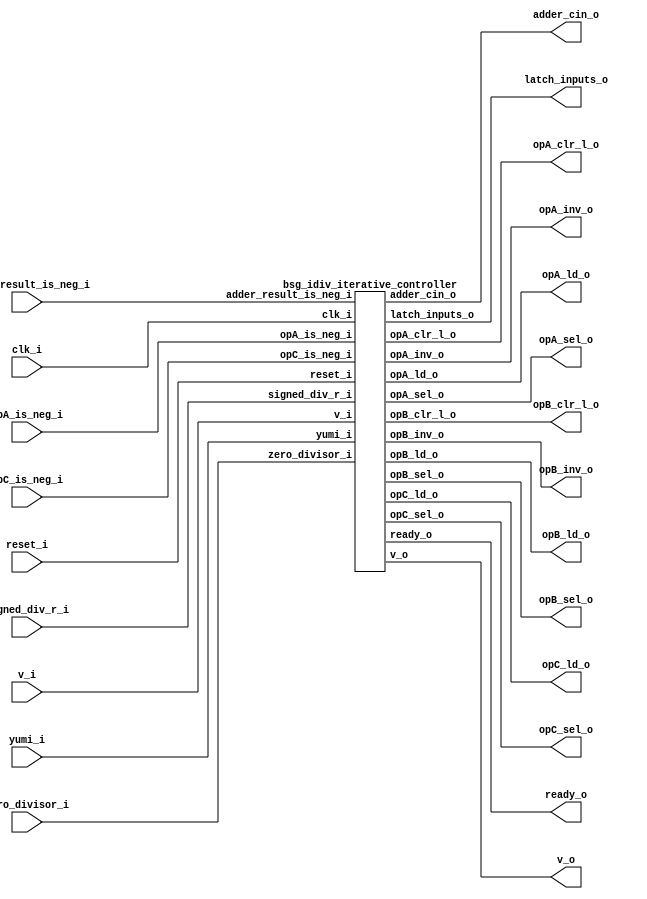


module top
(
  clk_i,
  reset_i,
  v_i,
  ready_o,
  zero_divisor_i,
  signed_div_r_i,
  adder_result_is_neg_i,
  opA_is_neg_i,
  opC_is_neg_i,
  opA_sel_o,
  opA_ld_o,
  opA_inv_o,
  opA_clr_l_o,
  opB_sel_o,
  opB_ld_o,
  opB_inv_o,
  opB_clr_l_o,
  opC_sel_o,
  opC_ld_o,
  latch_inputs_o,
  adder_cin_o,
  v_o,
  yumi_i
);

  output [2:0] opB_sel_o;
  output [2:0] opC_sel_o;
  input clk_i;
  input reset_i;
  input v_i;
  input zero_divisor_i;
  input signed_div_r_i;
  input adder_result_is_neg_i;
  input opA_is_neg_i;
  input opC_is_neg_i;
  input yumi_i;
  output ready_o;
  output opA_sel_o;
  output opA_ld_o;
  output opA_inv_o;
  output opA_clr_l_o;
  output opB_ld_o;
  output opB_inv_o;
  output opB_clr_l_o;
  output opC_ld_o;
  output latch_inputs_o;
  output adder_cin_o;
  output v_o;

  bsg_idiv_iterative_controller
  wrapper
  (
    .opB_sel_o(opB_sel_o),
    .opC_sel_o(opC_sel_o),
    .clk_i(clk_i),
    .reset_i(reset_i),
    .v_i(v_i),
    .zero_divisor_i(zero_divisor_i),
    .signed_div_r_i(signed_div_r_i),
    .adder_result_is_neg_i(adder_result_is_neg_i),
    .opA_is_neg_i(opA_is_neg_i),
    .opC_is_neg_i(opC_is_neg_i),
    .yumi_i(yumi_i),
    .ready_o(ready_o),
    .opA_sel_o(opA_sel_o),
    .opA_ld_o(opA_ld_o),
    .opA_inv_o(opA_inv_o),
    .opA_clr_l_o(opA_clr_l_o),
    .opB_ld_o(opB_ld_o),
    .opB_inv_o(opB_inv_o),
    .opB_clr_l_o(opB_clr_l_o),
    .opC_ld_o(opC_ld_o),
    .latch_inputs_o(latch_inputs_o),
    .adder_cin_o(adder_cin_o),
    .v_o(v_o)
  );


endmodule



module bsg_idiv_iterative_controller
(
  clk_i,
  reset_i,
  v_i,
  ready_o,
  zero_divisor_i,
  signed_div_r_i,
  adder_result_is_neg_i,
  opA_is_neg_i,
  opC_is_neg_i,
  opA_sel_o,
  opA_ld_o,
  opA_inv_o,
  opA_clr_l_o,
  opB_sel_o,
  opB_ld_o,
  opB_inv_o,
  opB_clr_l_o,
  opC_sel_o,
  opC_ld_o,
  latch_inputs_o,
  adder_cin_o,
  v_o,
  yumi_i
);

  output [2:0] opB_sel_o;
  output [2:0] opC_sel_o;
  input clk_i;
  input reset_i;
  input v_i;
  input zero_divisor_i;
  input signed_div_r_i;
  input adder_result_is_neg_i;
  input opA_is_neg_i;
  input opC_is_neg_i;
  input yumi_i;
  output ready_o;
  output opA_sel_o;
  output opA_ld_o;
  output opA_inv_o;
  output opA_clr_l_o;
  output opB_ld_o;
  output opB_inv_o;
  output opB_clr_l_o;
  output opC_ld_o;
  output latch_inputs_o;
  output adder_cin_o;
  output v_o;
  wire [2:0] opB_sel_o,opC_sel_o;
  wire ready_o,opA_sel_o,opA_ld_o,opA_inv_o,opA_clr_l_o,opB_ld_o,opB_inv_o,opB_clr_l_o,
  opC_ld_o,latch_inputs_o,adder_cin_o,v_o,N0,N1,N2,N3,N4,N5,N6,N7,N8,N9,N10,N11,
  N12,N13,N14,N15,N16,N17,N18,N19,N20,N21,N22,N23,N24,N25,N26,N27,N28,N29,N30,N31,
  N32,N33,N34,N35,N36,N37,N38,N39,N40,N41,neg_ld,N42,N43,N44,N45,N46,N47,N48,N49,
  N50,N51,N52,N53,N54,N55,N56,N57,N58,N59,N60,N61,N62,N63,N64,N65,N66,N67,N68,N69,
  N70,N71,N72,N73,N74,N75,N76,N77,N78,N79,N80,N81,N82,N83,N84,N85,N86,N87,N88,N89,
  N90,N91,N92,N93,N94,N95,N96,N97,N98,N99,N100,N101,N102,N103,N104,N105,N106,N107,
  N108,N109,N110,N111,N112,N113,N114,N115,N116,N117,N118,N119,N120,N121,N122,N123,
  N124,N125,N126,N127,N128,N129,N130,N131,N132,N133,N134,N135,N136,N137,N138,N139,
  N140,N141,N142,N143,N144,N145,N146,N147,N148,N149,N150,N151,N152,N153,N154,N155,
  N156,N157,N158,N159,N160,N161,N162,N163,N164,N165,N166,N167,N168,N169,N170,N171,
  N172,N173,N174,N175,N176,N177,N178,N179,N180,N181,N182,N183,N184,N185,N186,N187,
  N188,N189,N190,N191,N192,N193,N194,N195,N196,N197,N198,N199,N200,N201,N202,N203,
  N204,N205,N206,N207,N208,N209,N210,N211,N212,N213,N214,N215,N216,N217,N218,N219,
  N220,N221,N222,N223,N224,N225,N226,N227,N228,N229,N230,N231,N232,N233,N234,N235,
  N236,N237,N238,N239,N240,N241,N242,N243,N244,N245,N246,N247,N248,N249,N250,N251,
  N252,N253,N254,N255,N256,N257,N258,N259,N260,N261,N262,N263,N264,N265,N266,N267,
  N268,N269,N270,N271,N272,N273,N274,N275,N276,N277,N278,N279,N280,N281,N282,N283,
  N284,N285,N286,N287,N288,N289,N290,N291,N292,N293,N294,N295,N296,N297,N298,N299,
  N300,N301,N302,N303,N304,N305,N306,N307,N308,N309,N310,N311,N312,N313,N314,N315,
  N316,N317,N318,N319,N320,N321,N322,N323,N324,N325,N326,N327,N328,N329,N330,N331,
  N332,N333,N334,N335,N336,N337,N338,N339,N340,N341,N342,N343,N344,N345,N346,N347,
  N349,N350,N351,N352,N353,N354,N355,N356,N358;
  wire [5:0] next_state;
  reg add_neg_last,r_neg,q_neg;
  reg [5:0] state;
  assign N47 = N349 & N44;
  assign N48 = N350 & N45;
  assign N49 = N46 & N351;
  assign N50 = N47 & N48;
  assign N51 = N50 & N49;
  assign N52 = state[5] | state[4];
  assign N53 = state[3] | state[2];
  assign N54 = state[1] | N351;
  assign N55 = N52 | N53;
  assign N56 = N55 | N54;
  assign N58 = state[5] | state[4];
  assign N59 = state[3] | state[2];
  assign N60 = N46 | state[0];
  assign N61 = N58 | N59;
  assign N62 = N61 | N60;
  assign N64 = state[5] | state[4];
  assign N65 = state[3] | state[2];
  assign N66 = N46 | N351;
  assign N67 = N64 | N65;
  assign N68 = N67 | N66;
  assign N70 = state[5] | state[4];
  assign N71 = state[3] | N45;
  assign N72 = state[1] | state[0];
  assign N73 = N70 | N71;
  assign N74 = N73 | N72;
  assign N76 = state[5] | state[4];
  assign N77 = state[3] | N45;
  assign N78 = state[1] | N351;
  assign N79 = N76 | N77;
  assign N80 = N79 | N78;
  assign N82 = state[5] | state[4];
  assign N83 = state[3] | N45;
  assign N84 = N46 | state[0];
  assign N85 = N82 | N83;
  assign N86 = N85 | N84;
  assign N88 = state[5] | state[4];
  assign N89 = state[3] | N45;
  assign N90 = N46 | N351;
  assign N91 = N88 | N89;
  assign N92 = N91 | N90;
  assign N94 = state[5] | state[4];
  assign N95 = N350 | state[2];
  assign N96 = state[1] | state[0];
  assign N97 = N94 | N95;
  assign N98 = N97 | N96;
  assign N100 = state[5] | state[4];
  assign N101 = N350 | state[2];
  assign N102 = state[1] | N351;
  assign N103 = N100 | N101;
  assign N104 = N103 | N102;
  assign N106 = state[5] | state[4];
  assign N107 = N350 | state[2];
  assign N108 = N46 | state[0];
  assign N109 = N106 | N107;
  assign N110 = N109 | N108;
  assign N112 = state[5] | state[4];
  assign N113 = N350 | state[2];
  assign N114 = N46 | N351;
  assign N115 = N112 | N113;
  assign N116 = N115 | N114;
  assign N118 = state[5] | state[4];
  assign N119 = N350 | N45;
  assign N120 = state[1] | state[0];
  assign N121 = N118 | N119;
  assign N122 = N121 | N120;
  assign N124 = state[5] | state[4];
  assign N125 = N350 | N45;
  assign N126 = state[1] | N351;
  assign N127 = N124 | N125;
  assign N128 = N127 | N126;
  assign N130 = state[5] | state[4];
  assign N131 = N350 | N45;
  assign N132 = N46 | state[0];
  assign N133 = N130 | N131;
  assign N134 = N133 | N132;
  assign N136 = state[5] | state[4];
  assign N137 = N350 | N45;
  assign N138 = N46 | N351;
  assign N139 = N136 | N137;
  assign N140 = N139 | N138;
  assign N142 = state[5] | N44;
  assign N143 = state[3] | state[2];
  assign N144 = state[1] | state[0];
  assign N145 = N142 | N143;
  assign N146 = N145 | N144;
  assign N148 = state[5] | N44;
  assign N149 = state[3] | state[2];
  assign N150 = state[1] | N351;
  assign N151 = N148 | N149;
  assign N152 = N151 | N150;
  assign N154 = state[5] | N44;
  assign N155 = state[3] | state[2];
  assign N156 = N46 | state[0];
  assign N157 = N154 | N155;
  assign N158 = N157 | N156;
  assign N160 = state[5] | N44;
  assign N161 = state[3] | state[2];
  assign N162 = N46 | N351;
  assign N163 = N160 | N161;
  assign N164 = N163 | N162;
  assign N166 = state[5] | N44;
  assign N167 = state[3] | N45;
  assign N168 = state[1] | state[0];
  assign N169 = N166 | N167;
  assign N170 = N169 | N168;
  assign N172 = state[5] | N44;
  assign N173 = state[3] | N45;
  assign N174 = state[1] | N351;
  assign N175 = N172 | N173;
  assign N176 = N175 | N174;
  assign N178 = state[5] | N44;
  assign N179 = state[3] | N45;
  assign N180 = N46 | state[0];
  assign N181 = N178 | N179;
  assign N182 = N181 | N180;
  assign N184 = state[5] | N44;
  assign N185 = state[3] | N45;
  assign N186 = N46 | N351;
  assign N187 = N184 | N185;
  assign N188 = N187 | N186;
  assign N190 = state[5] | N44;
  assign N191 = N350 | state[2];
  assign N192 = state[1] | state[0];
  assign N193 = N190 | N191;
  assign N194 = N193 | N192;
  assign N196 = state[5] | N44;
  assign N197 = N350 | state[2];
  assign N198 = state[1] | N351;
  assign N199 = N196 | N197;
  assign N200 = N199 | N198;
  assign N202 = state[5] | N44;
  assign N203 = N350 | state[2];
  assign N204 = N46 | state[0];
  assign N205 = N202 | N203;
  assign N206 = N205 | N204;
  assign N208 = state[5] | N44;
  assign N209 = N350 | state[2];
  assign N210 = N46 | N351;
  assign N211 = N208 | N209;
  assign N212 = N211 | N210;
  assign N214 = state[5] | N44;
  assign N215 = N350 | N45;
  assign N216 = state[1] | state[0];
  assign N217 = N214 | N215;
  assign N218 = N217 | N216;
  assign N220 = state[5] | N44;
  assign N221 = N350 | N45;
  assign N222 = state[1] | N351;
  assign N223 = N220 | N221;
  assign N224 = N223 | N222;
  assign N226 = state[5] | N44;
  assign N227 = N350 | N45;
  assign N228 = N46 | state[0];
  assign N229 = N226 | N227;
  assign N230 = N229 | N228;
  assign N232 = state[5] | N44;
  assign N233 = N350 | N45;
  assign N234 = N46 | N351;
  assign N235 = N232 | N233;
  assign N236 = N235 | N234;
  assign N238 = N349 | state[4];
  assign N239 = state[3] | state[2];
  assign N240 = state[1] | state[0];
  assign N241 = N238 | N239;
  assign N242 = N241 | N240;
  assign N244 = N349 | state[4];
  assign N245 = state[3] | state[2];
  assign N246 = state[1] | N351;
  assign N247 = N244 | N245;
  assign N248 = N247 | N246;
  assign N250 = N349 | state[4];
  assign N251 = state[3] | state[2];
  assign N252 = N46 | state[0];
  assign N253 = N250 | N251;
  assign N254 = N253 | N252;
  assign N256 = N349 | state[4];
  assign N257 = state[3] | state[2];
  assign N258 = N46 | N351;
  assign N259 = N256 | N257;
  assign N260 = N259 | N258;
  assign N262 = N349 | state[4];
  assign N263 = state[3] | N45;
  assign N264 = state[1] | state[0];
  assign N265 = N262 | N263;
  assign N266 = N265 | N264;
  assign N268 = N349 | state[4];
  assign N269 = state[3] | N45;
  assign N270 = state[1] | N351;
  assign N271 = N268 | N269;
  assign N272 = N271 | N270;
  assign N274 = N349 | state[4];
  assign N275 = state[3] | N45;
  assign N276 = N46 | state[0];
  assign N277 = N274 | N275;
  assign N278 = N277 | N276;
  assign N280 = N349 | state[4];
  assign N281 = state[3] | N45;
  assign N282 = N46 | N351;
  assign N283 = N280 | N281;
  assign N284 = N283 | N282;
  assign N286 = N349 | state[4];
  assign N287 = N350 | state[2];
  assign N288 = state[1] | state[0];
  assign N289 = N286 | N287;
  assign N290 = N289 | N288;
  assign N292 = N349 | state[4];
  assign N293 = N350 | state[2];
  assign N294 = state[1] | N351;
  assign N295 = N292 | N293;
  assign N296 = N295 | N294;
  assign N343 = state[4] | state[5];
  assign N344 = state[3] | N343;
  assign N345 = state[2] | N344;
  assign N346 = state[1] | N345;
  assign N347 = state[0] | N346;
  assign ready_o = ~N347;
  assign N349 = ~state[5];
  assign N350 = ~state[3];
  assign N351 = ~state[0];
  assign N352 = state[4] | N349;
  assign N353 = N350 | N352;
  assign N354 = state[2] | N353;
  assign N355 = state[1] | N354;
  assign N356 = N351 | N355;
  assign v_o = ~N356;
  assign next_state = (N0)? { 1'b0, 1'b0, 1'b0, 1'b0, 1'b0, v_i } : 
                      (N1)? { 1'b0, 1'b0, 1'b0, 1'b0, 1'b1, 1'b0 } : 
                      (N2)? { 1'b0, 1'b0, 1'b0, 1'b0, 1'b1, 1'b1 } : 
                      (N3)? { 1'b0, 1'b0, 1'b0, 1'b1, 1'b0, 1'b0 } : 
                      (N4)? { 1'b0, 1'b0, 1'b0, 1'b1, 1'b0, 1'b1 } : 
                      (N5)? { 1'b0, 1'b0, 1'b0, 1'b1, 1'b1, 1'b0 } : 
                      (N6)? { 1'b0, 1'b0, 1'b0, 1'b1, 1'b1, 1'b1 } : 
                      (N7)? { 1'b0, 1'b0, 1'b1, 1'b0, 1'b0, 1'b0 } : 
                      (N8)? { 1'b0, 1'b0, 1'b1, 1'b0, 1'b0, 1'b1 } : 
                      (N9)? { 1'b0, 1'b0, 1'b1, 1'b0, 1'b1, 1'b0 } : 
                      (N10)? { 1'b0, 1'b0, 1'b1, 1'b0, 1'b1, 1'b1 } : 
                      (N11)? { 1'b0, 1'b0, 1'b1, 1'b1, 1'b0, 1'b0 } : 
                      (N12)? { 1'b0, 1'b0, 1'b1, 1'b1, 1'b0, 1'b1 } : 
                      (N13)? { 1'b0, 1'b0, 1'b1, 1'b1, 1'b1, 1'b0 } : 
                      (N14)? { 1'b0, 1'b0, 1'b1, 1'b1, 1'b1, 1'b1 } : 
                      (N15)? { 1'b0, 1'b1, 1'b0, 1'b0, 1'b0, 1'b0 } : 
                      (N16)? { 1'b0, 1'b1, 1'b0, 1'b0, 1'b0, 1'b1 } : 
                      (N17)? { 1'b0, 1'b1, 1'b0, 1'b0, 1'b1, 1'b0 } : 
                      (N18)? { 1'b0, 1'b1, 1'b0, 1'b0, 1'b1, 1'b1 } : 
                      (N19)? { 1'b0, 1'b1, 1'b0, 1'b1, 1'b0, 1'b0 } : 
                      (N20)? { 1'b0, 1'b1, 1'b0, 1'b1, 1'b0, 1'b1 } : 
                      (N21)? { 1'b0, 1'b1, 1'b0, 1'b1, 1'b1, 1'b0 } : 
                      (N22)? { 1'b0, 1'b1, 1'b0, 1'b1, 1'b1, 1'b1 } : 
                      (N23)? { 1'b0, 1'b1, 1'b1, 1'b0, 1'b0, 1'b0 } : 
                      (N24)? { 1'b0, 1'b1, 1'b1, 1'b0, 1'b0, 1'b1 } : 
                      (N25)? { 1'b0, 1'b1, 1'b1, 1'b0, 1'b1, 1'b0 } : 
                      (N26)? { 1'b0, 1'b1, 1'b1, 1'b0, 1'b1, 1'b1 } : 
                      (N27)? { 1'b0, 1'b1, 1'b1, 1'b1, 1'b0, 1'b0 } : 
                      (N28)? { 1'b0, 1'b1, 1'b1, 1'b1, 1'b0, 1'b1 } : 
                      (N29)? { 1'b0, 1'b1, 1'b1, 1'b1, 1'b1, 1'b0 } : 
                      (N30)? { 1'b0, 1'b1, 1'b1, 1'b1, 1'b1, 1'b1 } : 
                      (N31)? { 1'b1, 1'b0, 1'b0, 1'b0, 1'b0, 1'b0 } : 
                      (N32)? { 1'b1, 1'b0, 1'b0, 1'b0, 1'b0, 1'b1 } : 
                      (N33)? { 1'b1, 1'b0, 1'b0, 1'b0, 1'b1, 1'b0 } : 
                      (N34)? { 1'b1, 1'b0, 1'b0, 1'b0, 1'b1, 1'b1 } : 
                      (N35)? { 1'b1, 1'b0, 1'b0, 1'b1, 1'b0, 1'b0 } : 
                      (N36)? { 1'b1, 1'b0, 1'b0, 1'b1, 1'b0, 1'b1 } : 
                      (N37)? { 1'b1, 1'b0, 1'b0, 1'b1, 1'b1, 1'b0 } : 
                      (N38)? { 1'b1, 1'b0, 1'b0, 1'b1, 1'b1, 1'b1 } : 
                      (N39)? { 1'b1, 1'b0, 1'b1, 1'b0, 1'b0, zero_divisor_i } : 
                      (N40)? { N300, 1'b0, N300, 1'b0, 1'b0, N300 } : 
                      (N41)? { N300, 1'b0, N300, 1'b0, 1'b0, N300 } : 
                      (N342)? { 1'b0, 1'b0, 1'b0, 1'b0, 1'b0, 1'b0 } : 1'b0;
  assign N0 = N51;
  assign N1 = opC_sel_o[2];
  assign N2 = N63;
  assign N3 = N69;
  assign N4 = N75;
  assign N5 = N81;
  assign N6 = N87;
  assign N7 = N93;
  assign N8 = N99;
  assign N9 = N105;
  assign N10 = N111;
  assign N11 = N117;
  assign N12 = N123;
  assign N13 = N129;
  assign N14 = N135;
  assign N15 = N141;
  assign N16 = N147;
  assign N17 = N153;
  assign N18 = N159;
  assign N19 = N165;
  assign N20 = N171;
  assign N21 = N177;
  assign N22 = N183;
  assign N23 = N189;
  assign N24 = N195;
  assign N25 = N201;
  assign N26 = N207;
  assign N27 = N213;
  assign N28 = N219;
  assign N29 = N225;
  assign N30 = N231;
  assign N31 = N237;
  assign N32 = N243;
  assign N33 = N249;
  assign N34 = N255;
  assign N35 = N261;
  assign N36 = N267;
  assign N37 = N273;
  assign N38 = N279;
  assign N39 = N285;
  assign N40 = N291;
  assign N41 = N297;
  assign latch_inputs_o = (N0)? 1'b1 : 
                          (N1)? 1'b0 : 
                          (N2)? 1'b0 : 
                          (N3)? 1'b0 : 
                          (N4)? 1'b0 : 
                          (N5)? 1'b0 : 
                          (N6)? 1'b0 : 
                          (N7)? 1'b0 : 
                          (N8)? 1'b0 : 
                          (N9)? 1'b0 : 
                          (N10)? 1'b0 : 
                          (N11)? 1'b0 : 
                          (N12)? 1'b0 : 
                          (N13)? 1'b0 : 
                          (N14)? 1'b0 : 
                          (N15)? 1'b0 : 
                          (N16)? 1'b0 : 
                          (N17)? 1'b0 : 
                          (N18)? 1'b0 : 
                          (N19)? 1'b0 : 
                          (N20)? 1'b0 : 
                          (N21)? 1'b0 : 
                          (N22)? 1'b0 : 
                          (N23)? 1'b0 : 
                          (N24)? 1'b0 : 
                          (N25)? 1'b0 : 
                          (N26)? 1'b0 : 
                          (N27)? 1'b0 : 
                          (N28)? 1'b0 : 
                          (N29)? 1'b0 : 
                          (N30)? 1'b0 : 
                          (N31)? 1'b0 : 
                          (N32)? 1'b0 : 
                          (N33)? 1'b0 : 
                          (N34)? 1'b0 : 
                          (N35)? 1'b0 : 
                          (N36)? 1'b0 : 
                          (N37)? 1'b0 : 
                          (N38)? 1'b0 : 
                          (N39)? 1'b0 : 
                          (N40)? 1'b0 : 
                          (N41)? 1'b0 : 
                          (N342)? 1'b0 : 1'b0;
  assign opA_ld_o = (N0)? 1'b0 : 
                    (N1)? 1'b1 : 
                    (N2)? N298 : 
                    (N3)? 1'b0 : 
                    (N4)? 1'b0 : 
                    (N5)? 1'b0 : 
                    (N6)? 1'b0 : 
                    (N7)? 1'b0 : 
                    (N8)? 1'b0 : 
                    (N9)? 1'b0 : 
                    (N10)? 1'b0 : 
                    (N11)? 1'b0 : 
                    (N12)? 1'b0 : 
                    (N13)? 1'b0 : 
                    (N14)? 1'b0 : 
                    (N15)? 1'b0 : 
                    (N16)? 1'b0 : 
                    (N17)? 1'b0 : 
                    (N18)? 1'b0 : 
                    (N19)? 1'b0 : 
                    (N20)? 1'b0 : 
                    (N21)? 1'b0 : 
                    (N22)? 1'b0 : 
                    (N23)? 1'b0 : 
                    (N24)? 1'b0 : 
                    (N25)? 1'b0 : 
                    (N26)? 1'b0 : 
                    (N27)? 1'b0 : 
                    (N28)? 1'b0 : 
                    (N29)? 1'b0 : 
                    (N30)? 1'b0 : 
                    (N31)? 1'b0 : 
                    (N32)? 1'b0 : 
                    (N33)? 1'b0 : 
                    (N34)? 1'b0 : 
                    (N35)? 1'b0 : 
                    (N36)? 1'b0 : 
                    (N37)? 1'b0 : 
                    (N38)? 1'b0 : 
                    (N39)? 1'b1 : 
                    (N40)? 1'b0 : 
                    (N41)? 1'b0 : 
                    (N342)? 1'b0 : 1'b0;
  assign opC_ld_o = (N0)? 1'b1 : 
                    (N1)? 1'b1 : 
                    (N2)? 1'b0 : 
                    (N3)? N299 : 
                    (N4)? 1'b1 : 
                    (N5)? 1'b1 : 
                    (N6)? 1'b1 : 
                    (N7)? 1'b1 : 
                    (N8)? 1'b1 : 
                    (N9)? 1'b1 : 
                    (N10)? 1'b1 : 
                    (N11)? 1'b1 : 
                    (N12)? 1'b1 : 
                    (N13)? 1'b1 : 
                    (N14)? 1'b1 : 
                    (N15)? 1'b1 : 
                    (N16)? 1'b1 : 
                    (N17)? 1'b1 : 
                    (N18)? 1'b1 : 
                    (N19)? 1'b1 : 
                    (N20)? 1'b1 : 
                    (N21)? 1'b1 : 
                    (N22)? 1'b1 : 
                    (N23)? 1'b1 : 
                    (N24)? 1'b1 : 
                    (N25)? 1'b1 : 
                    (N26)? 1'b1 : 
                    (N27)? 1'b1 : 
                    (N28)? 1'b1 : 
                    (N29)? 1'b1 : 
                    (N30)? 1'b1 : 
                    (N31)? 1'b1 : 
                    (N32)? 1'b1 : 
                    (N33)? 1'b1 : 
                    (N34)? 1'b1 : 
                    (N35)? 1'b1 : 
                    (N36)? 1'b1 : 
                    (N37)? 1'b1 : 
                    (N38)? 1'b0 : 
                    (N39)? 1'b0 : 
                    (N40)? q_neg : 
                    (N41)? 1'b0 : 
                    (N342)? 1'b1 : 1'b0;
  assign opA_sel_o = (N0)? 1'b0 : 
                     (N1)? 1'b1 : 
                     (N2)? 1'b0 : 
                     (N3)? 1'b0 : 
                     (N4)? 1'b0 : 
                     (N5)? 1'b0 : 
                     (N6)? 1'b0 : 
                     (N7)? 1'b0 : 
                     (N8)? 1'b0 : 
                     (N9)? 1'b0 : 
                     (N10)? 1'b0 : 
                     (N11)? 1'b0 : 
                     (N12)? 1'b0 : 
                     (N13)? 1'b0 : 
                     (N14)? 1'b0 : 
                     (N15)? 1'b0 : 
                     (N16)? 1'b0 : 
                     (N17)? 1'b0 : 
                     (N18)? 1'b0 : 
                     (N19)? 1'b0 : 
                     (N20)? 1'b0 : 
                     (N21)? 1'b0 : 
                     (N22)? 1'b0 : 
                     (N23)? 1'b0 : 
                     (N24)? 1'b0 : 
                     (N25)? 1'b0 : 
                     (N26)? 1'b0 : 
                     (N27)? 1'b0 : 
                     (N28)? 1'b0 : 
                     (N29)? 1'b0 : 
                     (N30)? 1'b0 : 
                     (N31)? 1'b0 : 
                     (N32)? 1'b0 : 
                     (N33)? 1'b0 : 
                     (N34)? 1'b0 : 
                     (N35)? 1'b0 : 
                     (N36)? 1'b0 : 
                     (N37)? 1'b0 : 
                     (N38)? 1'b0 : 
                     (N39)? 1'b0 : 
                     (N40)? 1'b0 : 
                     (N41)? 1'b0 : 
                     (N342)? 1'b0 : 1'b0;
  assign opC_sel_o[1:0] = (N0)? { 1'b0, 1'b1 } : 
                          (N1)? { 1'b0, 1'b0 } : 
                          (N2)? { 1'b0, 1'b1 } : 
                          (N3)? { 1'b1, 1'b0 } : 
                          (N4)? { 1'b0, 1'b1 } : 
                          (N5)? { 1'b0, 1'b1 } : 
                          (N6)? { 1'b0, 1'b1 } : 
                          (N7)? { 1'b0, 1'b1 } : 
                          (N8)? { 1'b0, 1'b1 } : 
                          (N9)? { 1'b0, 1'b1 } : 
                          (N10)? { 1'b0, 1'b1 } : 
                          (N11)? { 1'b0, 1'b1 } : 
                          (N12)? { 1'b0, 1'b1 } : 
                          (N13)? { 1'b0, 1'b1 } : 
                          (N14)? { 1'b0, 1'b1 } : 
                          (N15)? { 1'b0, 1'b1 } : 
                          (N16)? { 1'b0, 1'b1 } : 
                          (N17)? { 1'b0, 1'b1 } : 
                          (N18)? { 1'b0, 1'b1 } : 
                          (N19)? { 1'b0, 1'b1 } : 
                          (N20)? { 1'b0, 1'b1 } : 
                          (N21)? { 1'b0, 1'b1 } : 
                          (N22)? { 1'b0, 1'b1 } : 
                          (N23)? { 1'b0, 1'b1 } : 
                          (N24)? { 1'b0, 1'b1 } : 
                          (N25)? { 1'b0, 1'b1 } : 
                          (N26)? { 1'b0, 1'b1 } : 
                          (N27)? { 1'b0, 1'b1 } : 
                          (N28)? { 1'b0, 1'b1 } : 
                          (N29)? { 1'b0, 1'b1 } : 
                          (N30)? { 1'b0, 1'b1 } : 
                          (N31)? { 1'b0, 1'b1 } : 
                          (N32)? { 1'b0, 1'b1 } : 
                          (N33)? { 1'b0, 1'b1 } : 
                          (N34)? { 1'b0, 1'b1 } : 
                          (N35)? { 1'b0, 1'b1 } : 
                          (N36)? { 1'b0, 1'b1 } : 
                          (N37)? { 1'b0, 1'b1 } : 
                          (N38)? { 1'b0, 1'b1 } : 
                          (N39)? { 1'b0, 1'b1 } : 
                          (N40)? { 1'b1, 1'b0 } : 
                          (N41)? { 1'b0, 1'b1 } : 
                          (N342)? { 1'b0, 1'b1 } : 1'b0;
  assign opB_ld_o = (N0)? 1'b1 : 
                    (N1)? 1'b0 : 
                    (N2)? 1'b1 : 
                    (N3)? 1'b0 : 
                    (N4)? 1'b1 : 
                    (N5)? 1'b1 : 
                    (N6)? 1'b1 : 
                    (N7)? 1'b1 : 
                    (N8)? 1'b1 : 
                    (N9)? 1'b1 : 
                    (N10)? 1'b1 : 
                    (N11)? 1'b1 : 
                    (N12)? 1'b1 : 
                    (N13)? 1'b1 : 
                    (N14)? 1'b1 : 
                    (N15)? 1'b1 : 
                    (N16)? 1'b1 : 
                    (N17)? 1'b1 : 
                    (N18)? 1'b1 : 
                    (N19)? 1'b1 : 
                    (N20)? 1'b1 : 
                    (N21)? 1'b1 : 
                    (N22)? 1'b1 : 
                    (N23)? 1'b1 : 
                    (N24)? 1'b1 : 
                    (N25)? 1'b1 : 
                    (N26)? 1'b1 : 
                    (N27)? 1'b1 : 
                    (N28)? 1'b1 : 
                    (N29)? 1'b1 : 
                    (N30)? 1'b1 : 
                    (N31)? 1'b1 : 
                    (N32)? 1'b1 : 
                    (N33)? 1'b1 : 
                    (N34)? 1'b1 : 
                    (N35)? 1'b1 : 
                    (N36)? 1'b1 : 
                    (N37)? 1'b1 : 
                    (N38)? add_neg_last : 
                    (N39)? 1'b1 : 
                    (N40)? 1'b0 : 
                    (N41)? 1'b0 : 
                    (N342)? 1'b1 : 1'b0;
  assign opA_inv_o = (N0)? N43 : 
                     (N1)? N43 : 
                     (N2)? 1'b1 : 
                     (N3)? N43 : 
                     (N4)? N43 : 
                     (N5)? N43 : 
                     (N6)? N43 : 
                     (N7)? N43 : 
                     (N8)? N43 : 
                     (N9)? N43 : 
                     (N10)? N43 : 
                     (N11)? N43 : 
                     (N12)? N43 : 
                     (N13)? N43 : 
                     (N14)? N43 : 
                     (N15)? N43 : 
                     (N16)? N43 : 
                     (N17)? N43 : 
                     (N18)? N43 : 
                     (N19)? N43 : 
                     (N20)? N43 : 
                     (N21)? N43 : 
                     (N22)? N43 : 
                     (N23)? N43 : 
                     (N24)? N43 : 
                     (N25)? N43 : 
                     (N26)? N43 : 
                     (N27)? N43 : 
                     (N28)? N43 : 
                     (N29)? N43 : 
                     (N30)? N43 : 
                     (N31)? N43 : 
                     (N32)? N43 : 
                     (N33)? N43 : 
                     (N34)? N43 : 
                     (N35)? N43 : 
                     (N36)? N43 : 
                     (N37)? N43 : 
                     (N38)? 1'b0 : 
                     (N39)? N43 : 
                     (N40)? N43 : 
                     (N41)? N43 : 
                     (N342)? N43 : 1'b0;
  assign opB_clr_l_o = (N0)? 1'b1 : 
                       (N1)? 1'b1 : 
                       (N2)? 1'b0 : 
                       (N3)? 1'b1 : 
                       (N4)? 1'b0 : 
                       (N5)? 1'b1 : 
                       (N6)? 1'b1 : 
                       (N7)? 1'b1 : 
                       (N8)? 1'b1 : 
                       (N9)? 1'b1 : 
                       (N10)? 1'b1 : 
                       (N11)? 1'b1 : 
                       (N12)? 1'b1 : 
                       (N13)? 1'b1 : 
                       (N14)? 1'b1 : 
                       (N15)? 1'b1 : 
                       (N16)? 1'b1 : 
                       (N17)? 1'b1 : 
                       (N18)? 1'b1 : 
                       (N19)? 1'b1 : 
                       (N20)? 1'b1 : 
                       (N21)? 1'b1 : 
                       (N22)? 1'b1 : 
                       (N23)? 1'b1 : 
                       (N24)? 1'b1 : 
                       (N25)? 1'b1 : 
                       (N26)? 1'b1 : 
                       (N27)? 1'b1 : 
                       (N28)? 1'b1 : 
                       (N29)? 1'b1 : 
                       (N30)? 1'b1 : 
                       (N31)? 1'b1 : 
                       (N32)? 1'b1 : 
                       (N33)? 1'b1 : 
                       (N34)? 1'b1 : 
                       (N35)? 1'b1 : 
                       (N36)? 1'b1 : 
                       (N37)? 1'b1 : 
                       (N38)? 1'b1 : 
                       (N39)? 1'b1 : 
                       (N40)? 1'b1 : 
                       (N41)? 1'b1 : 
                       (N342)? 1'b1 : 1'b0;
  assign opB_sel_o = (N0)? { 1'b0, 1'b0, 1'b1 } : 
                     (N1)? { 1'b0, 1'b0, 1'b1 } : 
                     (N2)? { 1'b1, 1'b0, 1'b0 } : 
                     (N3)? { 1'b0, 1'b0, 1'b1 } : 
                     (N4)? { 1'b0, 1'b0, 1'b1 } : 
                     (N5)? { 1'b0, 1'b0, 1'b1 } : 
                     (N6)? { 1'b0, 1'b0, 1'b1 } : 
                     (N7)? { 1'b0, 1'b0, 1'b1 } : 
                     (N8)? { 1'b0, 1'b0, 1'b1 } : 
                     (N9)? { 1'b0, 1'b0, 1'b1 } : 
                     (N10)? { 1'b0, 1'b0, 1'b1 } : 
                     (N11)? { 1'b0, 1'b0, 1'b1 } : 
                     (N12)? { 1'b0, 1'b0, 1'b1 } : 
                     (N13)? { 1'b0, 1'b0, 1'b1 } : 
                     (N14)? { 1'b0, 1'b0, 1'b1 } : 
                     (N15)? { 1'b0, 1'b0, 1'b1 } : 
                     (N16)? { 1'b0, 1'b0, 1'b1 } : 
                     (N17)? { 1'b0, 1'b0, 1'b1 } : 
                     (N18)? { 1'b0, 1'b0, 1'b1 } : 
                     (N19)? { 1'b0, 1'b0, 1'b1 } : 
                     (N20)? { 1'b0, 1'b0, 1'b1 } : 
                     (N21)? { 1'b0, 1'b0, 1'b1 } : 
                     (N22)? { 1'b0, 1'b0, 1'b1 } : 
                     (N23)? { 1'b0, 1'b0, 1'b1 } : 
                     (N24)? { 1'b0, 1'b0, 1'b1 } : 
                     (N25)? { 1'b0, 1'b0, 1'b1 } : 
                     (N26)? { 1'b0, 1'b0, 1'b1 } : 
                     (N27)? { 1'b0, 1'b0, 1'b1 } : 
                     (N28)? { 1'b0, 1'b0, 1'b1 } : 
                     (N29)? { 1'b0, 1'b0, 1'b1 } : 
                     (N30)? { 1'b0, 1'b0, 1'b1 } : 
                     (N31)? { 1'b0, 1'b0, 1'b1 } : 
                     (N32)? { 1'b0, 1'b0, 1'b1 } : 
                     (N33)? { 1'b0, 1'b0, 1'b1 } : 
                     (N34)? { 1'b0, 1'b0, 1'b1 } : 
                     (N35)? { 1'b0, 1'b0, 1'b1 } : 
                     (N36)? { 1'b0, 1'b0, 1'b1 } : 
                     (N37)? { 1'b0, 1'b1, 1'b0 } : 
                     (N38)? { 1'b0, 1'b1, 1'b0 } : 
                     (N39)? { 1'b1, 1'b0, 1'b0 } : 
                     (N40)? { 1'b0, 1'b0, 1'b1 } : 
                     (N41)? { 1'b0, 1'b0, 1'b1 } : 
                     (N342)? { 1'b0, 1'b0, 1'b1 } : 1'b0;
  assign neg_ld = (N0)? 1'b0 : 
                  (N1)? 1'b0 : 
                  (N2)? 1'b1 : 
                  (N3)? 1'b0 : 
                  (N4)? 1'b0 : 
                  (N5)? 1'b0 : 
                  (N6)? 1'b0 : 
                  (N7)? 1'b0 : 
                  (N8)? 1'b0 : 
                  (N9)? 1'b0 : 
                  (N10)? 1'b0 : 
                  (N11)? 1'b0 : 
                  (N12)? 1'b0 : 
                  (N13)? 1'b0 : 
                  (N14)? 1'b0 : 
                  (N15)? 1'b0 : 
                  (N16)? 1'b0 : 
                  (N17)? 1'b0 : 
                  (N18)? 1'b0 : 
                  (N19)? 1'b0 : 
                  (N20)? 1'b0 : 
                  (N21)? 1'b0 : 
                  (N22)? 1'b0 : 
                  (N23)? 1'b0 : 
                  (N24)? 1'b0 : 
                  (N25)? 1'b0 : 
                  (N26)? 1'b0 : 
                  (N27)? 1'b0 : 
                  (N28)? 1'b0 : 
                  (N29)? 1'b0 : 
                  (N30)? 1'b0 : 
                  (N31)? 1'b0 : 
                  (N32)? 1'b0 : 
                  (N33)? 1'b0 : 
                  (N34)? 1'b0 : 
                  (N35)? 1'b0 : 
                  (N36)? 1'b0 : 
                  (N37)? 1'b0 : 
                  (N38)? 1'b0 : 
                  (N39)? 1'b0 : 
                  (N40)? 1'b0 : 
                  (N41)? 1'b0 : 
                  (N342)? 1'b0 : 1'b0;
  assign adder_cin_o = (N0)? N43 : 
                       (N1)? N43 : 
                       (N2)? 1'b1 : 
                       (N3)? 1'b1 : 
                       (N4)? 1'b0 : 
                       (N5)? N43 : 
                       (N6)? N43 : 
                       (N7)? N43 : 
                       (N8)? N43 : 
                       (N9)? N43 : 
                       (N10)? N43 : 
                       (N11)? N43 : 
                       (N12)? N43 : 
                       (N13)? N43 : 
                       (N14)? N43 : 
                       (N15)? N43 : 
                       (N16)? N43 : 
                       (N17)? N43 : 
                       (N18)? N43 : 
                       (N19)? N43 : 
                       (N20)? N43 : 
                       (N21)? N43 : 
                       (N22)? N43 : 
                       (N23)? N43 : 
                       (N24)? N43 : 
                       (N25)? N43 : 
                       (N26)? N43 : 
                       (N27)? N43 : 
                       (N28)? N43 : 
                       (N29)? N43 : 
                       (N30)? N43 : 
                       (N31)? N43 : 
                       (N32)? N43 : 
                       (N33)? N43 : 
                       (N34)? N43 : 
                       (N35)? N43 : 
                       (N36)? N43 : 
                       (N37)? N43 : 
                       (N38)? 1'b0 : 
                       (N39)? r_neg : 
                       (N40)? 1'b1 : 
                       (N41)? N43 : 
                       (N342)? N43 : 1'b0;
  assign opA_clr_l_o = (N0)? 1'b1 : 
                       (N1)? 1'b1 : 
                       (N2)? 1'b1 : 
                       (N3)? 1'b0 : 
                       (N4)? 1'b0 : 
                       (N5)? 1'b1 : 
                       (N6)? 1'b1 : 
                       (N7)? 1'b1 : 
                       (N8)? 1'b1 : 
                       (N9)? 1'b1 : 
                       (N10)? 1'b1 : 
                       (N11)? 1'b1 : 
                       (N12)? 1'b1 : 
                       (N13)? 1'b1 : 
                       (N14)? 1'b1 : 
                       (N15)? 1'b1 : 
                       (N16)? 1'b1 : 
                       (N17)? 1'b1 : 
                       (N18)? 1'b1 : 
                       (N19)? 1'b1 : 
                       (N20)? 1'b1 : 
                       (N21)? 1'b1 : 
                       (N22)? 1'b1 : 
                       (N23)? 1'b1 : 
                       (N24)? 1'b1 : 
                       (N25)? 1'b1 : 
                       (N26)? 1'b1 : 
                       (N27)? 1'b1 : 
                       (N28)? 1'b1 : 
                       (N29)? 1'b1 : 
                       (N30)? 1'b1 : 
                       (N31)? 1'b1 : 
                       (N32)? 1'b1 : 
                       (N33)? 1'b1 : 
                       (N34)? 1'b1 : 
                       (N35)? 1'b1 : 
                       (N36)? 1'b1 : 
                       (N37)? 1'b1 : 
                       (N38)? 1'b1 : 
                       (N39)? 1'b0 : 
                       (N40)? 1'b0 : 
                       (N41)? 1'b1 : 
                       (N342)? 1'b1 : 1'b0;
  assign opB_inv_o = (N0)? 1'b0 : 
                     (N1)? 1'b0 : 
                     (N2)? 1'b0 : 
                     (N3)? 1'b1 : 
                     (N4)? 1'b0 : 
                     (N5)? 1'b0 : 
                     (N6)? 1'b0 : 
                     (N7)? 1'b0 : 
                     (N8)? 1'b0 : 
                     (N9)? 1'b0 : 
                     (N10)? 1'b0 : 
                     (N11)? 1'b0 : 
                     (N12)? 1'b0 : 
                     (N13)? 1'b0 : 
                     (N14)? 1'b0 : 
                     (N15)? 1'b0 : 
                     (N16)? 1'b0 : 
                     (N17)? 1'b0 : 
                     (N18)? 1'b0 : 
                     (N19)? 1'b0 : 
                     (N20)? 1'b0 : 
                     (N21)? 1'b0 : 
                     (N22)? 1'b0 : 
                     (N23)? 1'b0 : 
                     (N24)? 1'b0 : 
                     (N25)? 1'b0 : 
                     (N26)? 1'b0 : 
                     (N27)? 1'b0 : 
                     (N28)? 1'b0 : 
                     (N29)? 1'b0 : 
                     (N30)? 1'b0 : 
                     (N31)? 1'b0 : 
                     (N32)? 1'b0 : 
                     (N33)? 1'b0 : 
                     (N34)? 1'b0 : 
                     (N35)? 1'b0 : 
                     (N36)? 1'b0 : 
                     (N37)? 1'b0 : 
                     (N38)? 1'b0 : 
                     (N39)? r_neg : 
                     (N40)? 1'b1 : 
                     (N41)? 1'b0 : 
                     (N342)? 1'b0 : 1'b0;
  assign N42 = N358 & signed_div_r_i;
  assign N358 = opA_is_neg_i ^ opC_is_neg_i;
  assign N43 = ~add_neg_last;
  assign N44 = ~state[4];
  assign N45 = ~state[2];
  assign N46 = ~state[1];
  assign N57 = ~N56;
  assign N63 = ~N62;
  assign N69 = ~N68;
  assign N75 = ~N74;
  assign N81 = ~N80;
  assign N87 = ~N86;
  assign N93 = ~N92;
  assign N99 = ~N98;
  assign N105 = ~N104;
  assign N111 = ~N110;
  assign N117 = ~N116;
  assign N123 = ~N122;
  assign N129 = ~N128;
  assign N135 = ~N134;
  assign N141 = ~N140;
  assign N147 = ~N146;
  assign N153 = ~N152;
  assign N159 = ~N158;
  assign N165 = ~N164;
  assign N171 = ~N170;
  assign N177 = ~N176;
  assign N183 = ~N182;
  assign N189 = ~N188;
  assign N195 = ~N194;
  assign N201 = ~N200;
  assign N207 = ~N206;
  assign N213 = ~N212;
  assign N219 = ~N218;
  assign N225 = ~N224;
  assign N231 = ~N230;
  assign N237 = ~N236;
  assign N243 = ~N242;
  assign N249 = ~N248;
  assign N255 = ~N254;
  assign N261 = ~N260;
  assign N267 = ~N266;
  assign N273 = ~N272;
  assign N279 = ~N278;
  assign N285 = ~N284;
  assign N291 = ~N290;
  assign N297 = ~N296;
  assign opC_sel_o[2] = N57;
  assign N298 = opA_is_neg_i & signed_div_r_i;
  assign N299 = opC_is_neg_i & signed_div_r_i;
  assign N300 = ~yumi_i;
  assign N301 = opC_sel_o[2] | N51;
  assign N302 = N63 | N301;
  assign N303 = N69 | N302;
  assign N304 = N75 | N303;
  assign N305 = N81 | N304;
  assign N306 = N87 | N305;
  assign N307 = N93 | N306;
  assign N308 = N99 | N307;
  assign N309 = N105 | N308;
  assign N310 = N111 | N309;
  assign N311 = N117 | N310;
  assign N312 = N123 | N311;
  assign N313 = N129 | N312;
  assign N314 = N135 | N313;
  assign N315 = N141 | N314;
  assign N316 = N147 | N315;
  assign N317 = N153 | N316;
  assign N318 = N159 | N317;
  assign N319 = N165 | N318;
  assign N320 = N171 | N319;
  assign N321 = N177 | N320;
  assign N322 = N183 | N321;
  assign N323 = N189 | N322;
  assign N324 = N195 | N323;
  assign N325 = N201 | N324;
  assign N326 = N207 | N325;
  assign N327 = N213 | N326;
  assign N328 = N219 | N327;
  assign N329 = N225 | N328;
  assign N330 = N231 | N329;
  assign N331 = N237 | N330;
  assign N332 = N243 | N331;
  assign N333 = N249 | N332;
  assign N334 = N255 | N333;
  assign N335 = N261 | N334;
  assign N336 = N267 | N335;
  assign N337 = N273 | N336;
  assign N338 = N279 | N337;
  assign N339 = N285 | N338;
  assign N340 = N291 | N339;
  assign N341 = N297 | N340;
  assign N342 = ~N341;

  always @(posedge clk_i) begin
    if(1'b1) begin
      add_neg_last <= adder_result_is_neg_i;
    end 
    if(neg_ld) begin
      r_neg <= N299;
      q_neg <= N42;
    end 
    if(reset_i) begin
      { state[5:0] } <= { 1'b0, 1'b0, 1'b0, 1'b0, 1'b0, 1'b0 };
    end else if(1'b1) begin
      { state[5:0] } <= { next_state[5:0] };
    end 
  end


endmodule